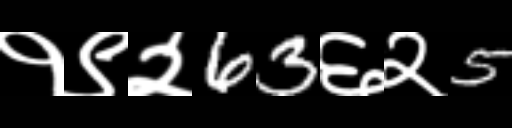
Text: १९२63६२5